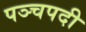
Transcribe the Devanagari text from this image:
पञ्चपदी